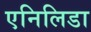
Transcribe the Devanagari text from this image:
एनिलिडा